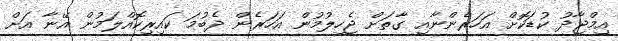
އިމްޖާދު ކުޑަކޮށް އަހަރެންނާއި ގާތަށް ޖެހިލުމުން އަހަރެން ދެބުމަ ކައިރިކޮއްލަމުން އޭނާ އަށް